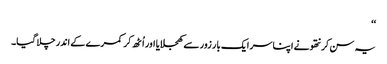
‘‘
یہ سن کر نتھو نے اپنا سر ایک بار زور سے کھجلایا اور اُٹھ کر کمرے کے اندر چلا گیا۔